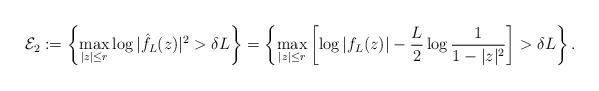
LaTeX: \begin{align*} \mathcal E_2:=\left\{\max_{|z|\leq r}\log|\hat f_L(z)|^2>\delta L\right\}=\left\{\max_{|z|\leq r}\left[\log |f_L(z)|-\frac{L}{2}\log\frac{1}{1-|z|^2}\right]>\delta L\right\}. \end{align*}